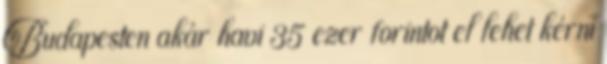
Budapesten akár havi 35 ezer forintot el lehet kérni